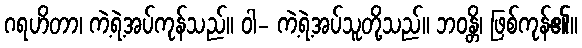
ဂရဟိတာ၊ ကဲ့ရဲ့အပ်ကုန်သည်။ ဝါ- ကဲ့ရဲ့အပ်သူတို့သည်။ ဘဝန္တိ၊ ဖြစ်ကုန်၏။